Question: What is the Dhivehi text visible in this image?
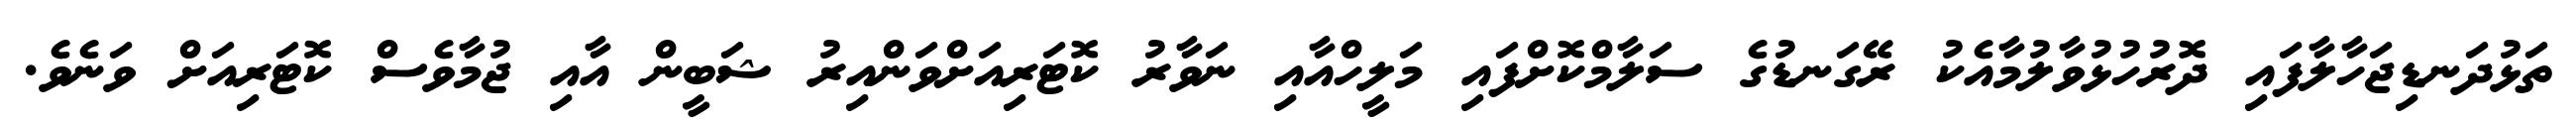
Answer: ތަޅުދަނޑިޖަހާލާފައި ދޮރުހުޅުވާލުމާއެކު ރޭގަނޑުގެ ސަލާމްކޮށްފައި މަލީހްއާއި ނަވާރު ކޮޓަރިއަށްވަންއިރު ޝަބީން އާއި ޖުމާވެސް ކޮޓަރިއަށް ވަނެވެ.